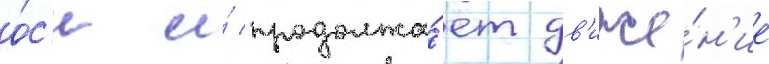
о́с'и и́ продолжа́ет дв'иже́н'ие